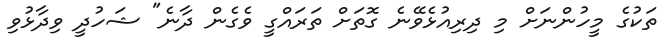
ތަކުގެ މީހުންނަށް މި ދިރިއުޅެވޭނެ ގޮތަށް ތަރައްގީ ވެގެން ދާނެ" ޝަހުދީ ވިދާޅުވި